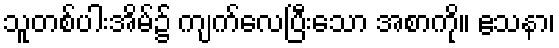
သူတစ်ပါးအိမ်၌ ကျက်လေပြီးသော အစာကို။ ဧသနာ၊